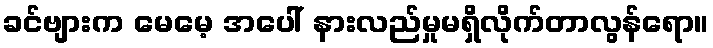
ခင်ဗျားက မေမေ့ အပေါ် နားလည်မှုမရှိလိုက်တာလွန်ရော။